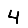
Digit: 4